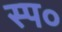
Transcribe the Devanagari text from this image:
स्प०